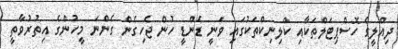
ދިއްލީގެ ހޮސްޕިޓަލްތަކާއި ކްލިނިކްތަކުގައި ވަނީ ޑެންޑީ ހުން ޖެހިގެން ގެންނަ މީހުންގެ އިތުރުވާތީ